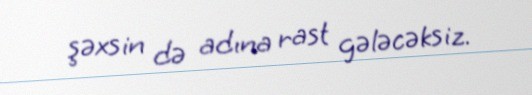
şəxsin də adına rast gələcəksiz.